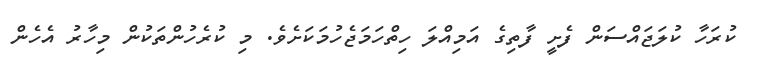
ކުރަހާ ކުލަޖައްސަން ފެށީ ފާތިގެ އަމިއްލަ ހިތްހަމަޖެހުމަކަށެވެ. މި ކުރެހުންތަކުން މިހާރު އެހެން